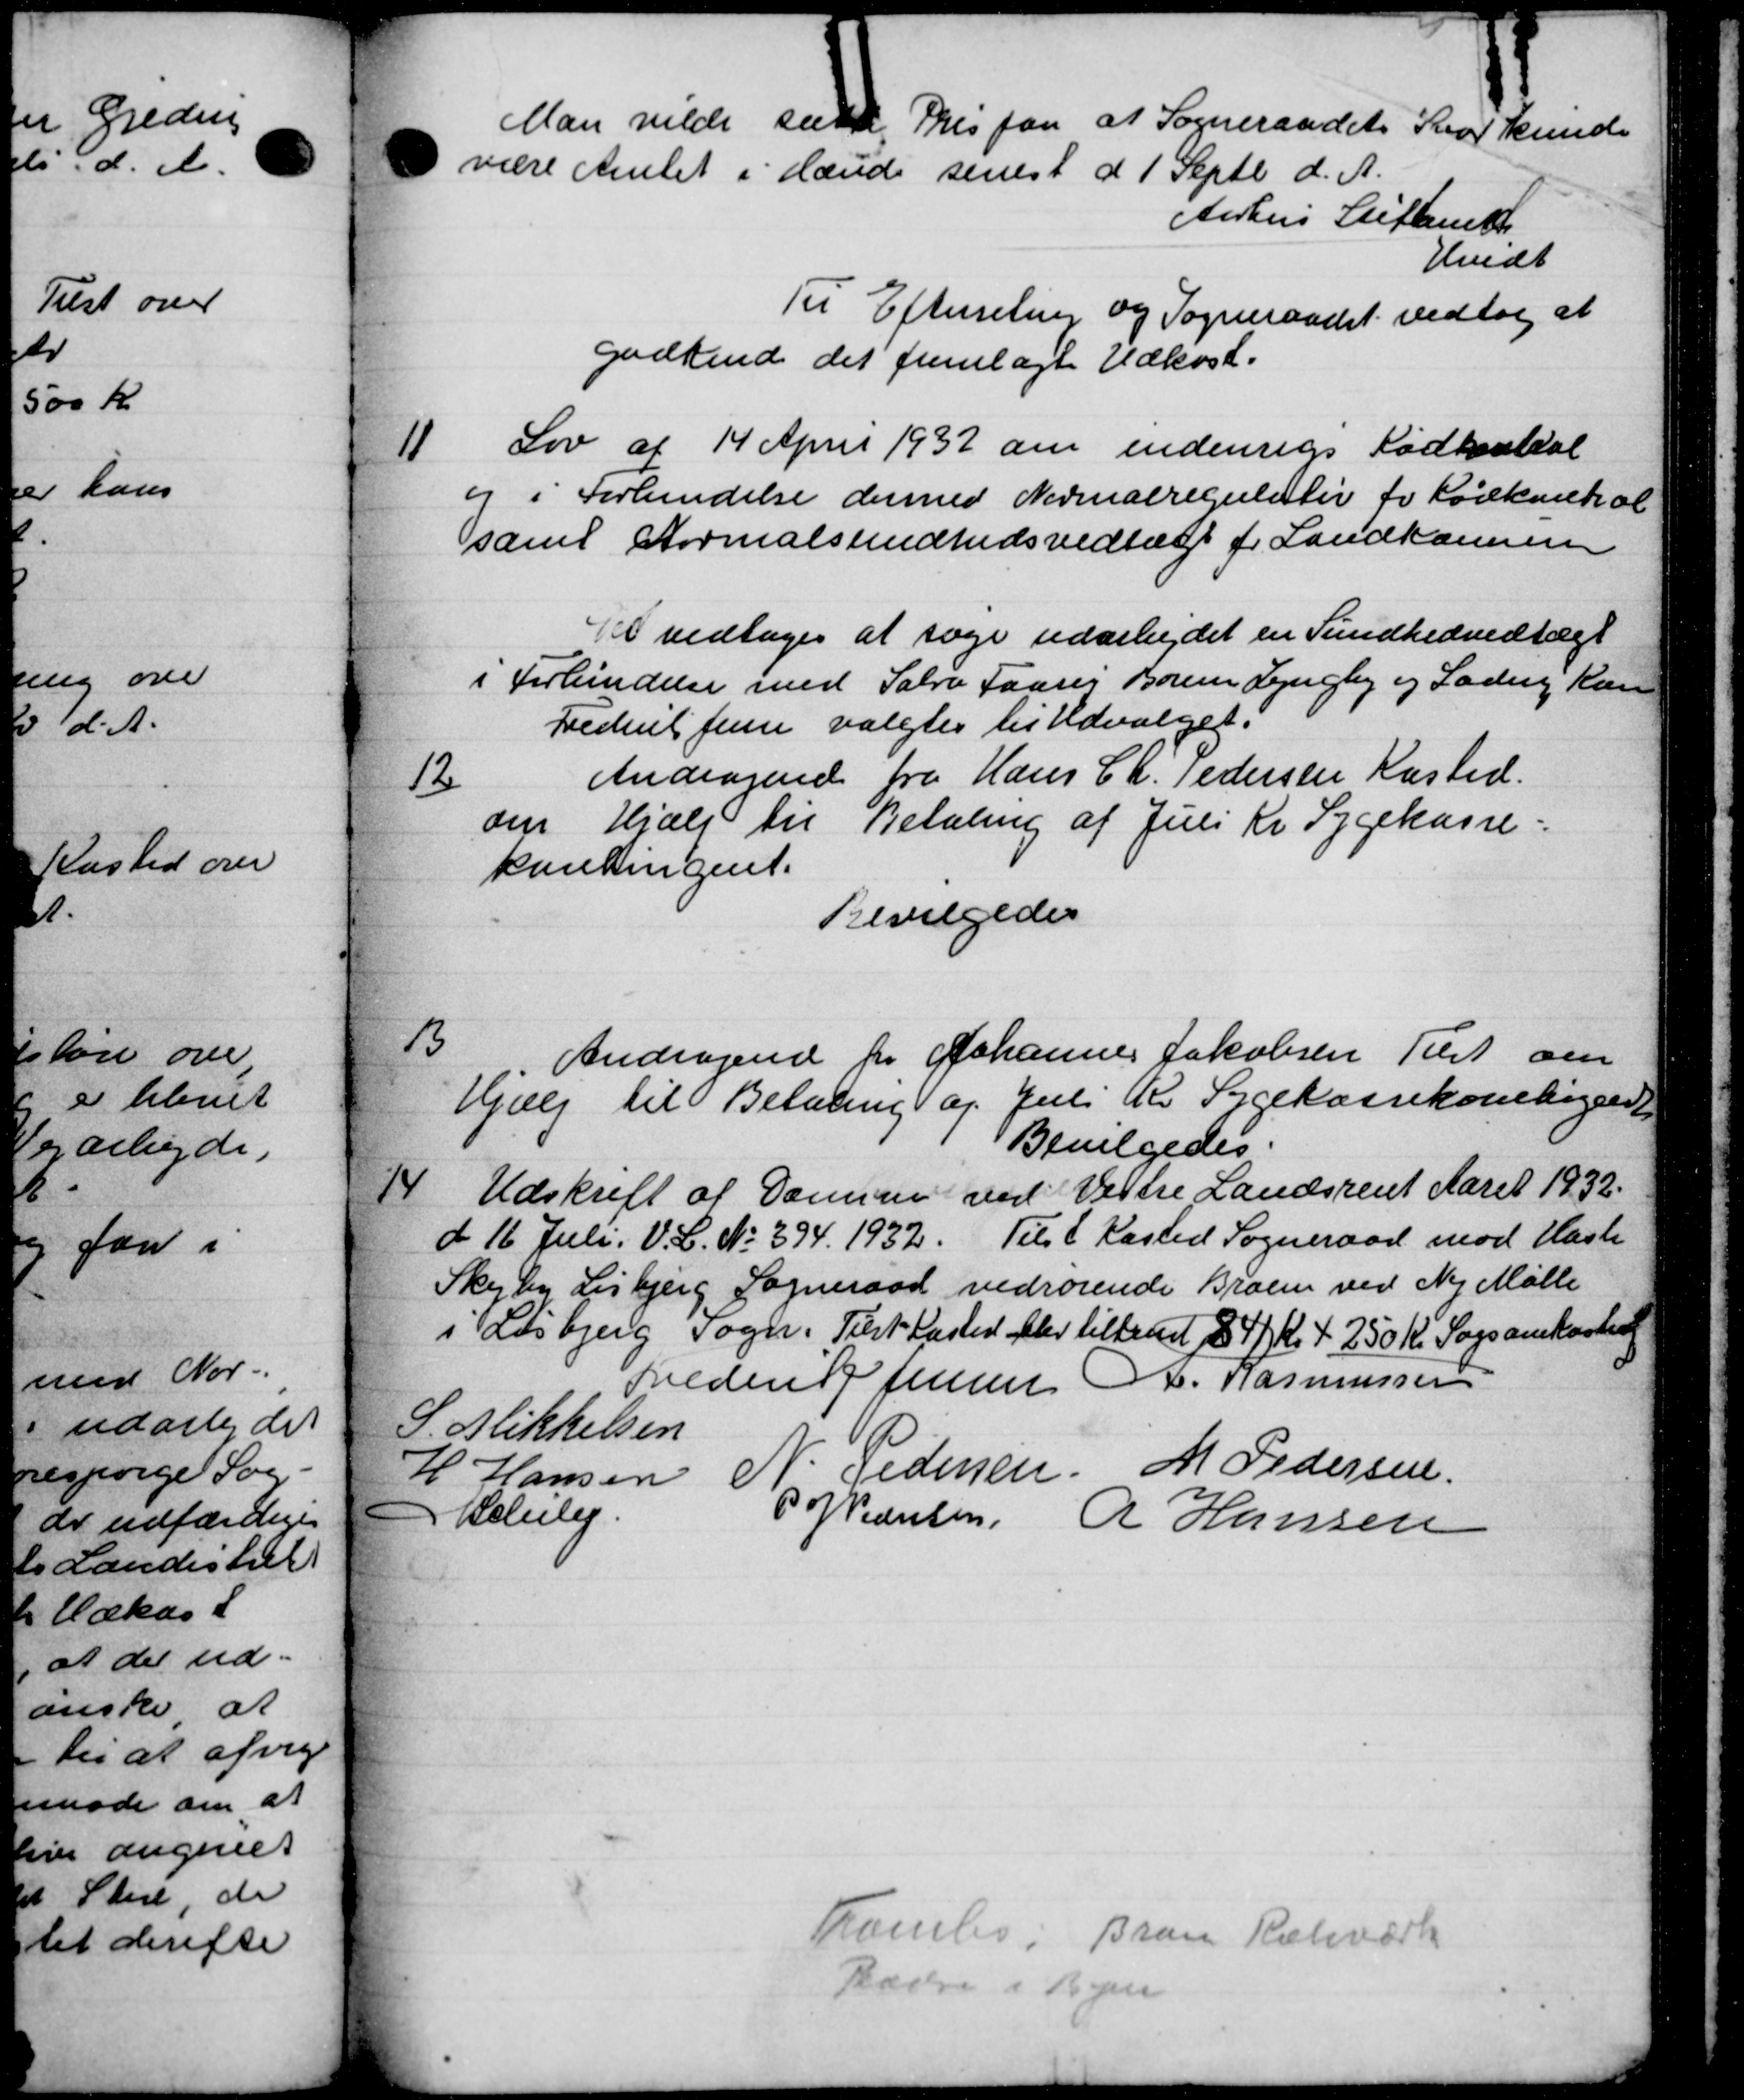
Transskription:
Man vilde samt Pris paa at Sogneraadets Svar kunde
være Amtet i Hænde senest d 1 Septb. d. A.
Aarhus Stiftamt,
Hvidt
Til Efterretning og Sogneraadet vedtog at
godkende det fremlagte Udkast.
11
Lov af 14 April 1937 om indenrigs Kødkonkal
og i Forhendelse dermed Nedmalregulativ for Kødkontrol
samt Stormalsundhedsvedtægt fr Landkommen
Del vedtoges at søge udarbejdet en Sundhedvedtægt
i Forbindelse med Sabro Faarer Borum Lyngby og Lading Kan
Frederik Jense valgtes til Udvalget.
Andragende fra Hans Ch. Pedersen Kasted.
12
om Hjælp til Betaling af Juli Kr Sygekasse
kontingent.
Bevilgedes
13.
Andragende fra Johannes Jakobsen Tilst om
Hjælp til Betaling af Juli R Sygekassekontigede
Bevilgedes.
14
Udskrift af Dame ved Vestre Landsrent Aaret 1932.
d 16 Juli. V. C. No 394. 1932. Tilst Kasted Sogneraad mod Hasle
Skejby Lisbjerg Sogneraad vedrørende Broen ved Ny Mølle
i Lisbjerg Sogn. Tilst Kasted blev tilkendt 84 Kr. + 250 Kr. Sogsamkasted
Freden P Jensen A. Rasmussen
S. Mikkelsen
H Hansen N. Pedersen M Pedersen
Belule.
P Nedersen R Hansen
Framles: ært
1 velse i Hjem